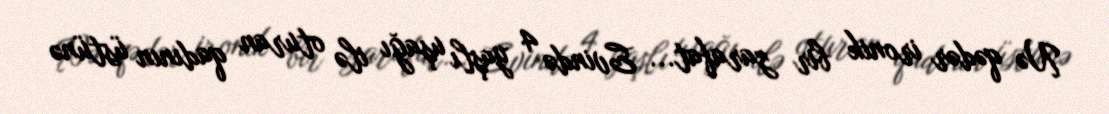
Nə qədər ironik bir zarafat... Evində 4 yaşlı uşağı ilə oturan qadının üstünə